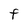
Character: F